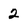
Character: 2